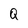
Character: Q